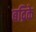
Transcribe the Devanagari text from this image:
बद्रिके